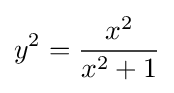
y^{2}={\frac {x^{2}}{x^{2}+1}}